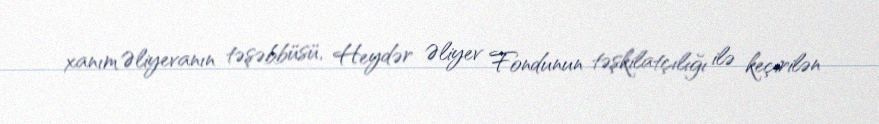
xanım Əliyevanın təşəbbüsü, Heydər Əliyev Fondunun təşkilatçılığı ilə keçirilən